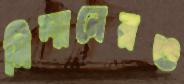
মিলানেরও